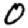
Digit: 0